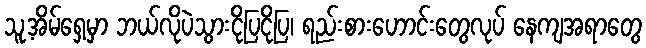
သူ့အိမ်ရှေ့မှာ ဘယ်လိုပဲသွားငိုပြငိုပြ၊ ရည်းစားဟောင်းတွေလုပ် နေကျအရာတွေ